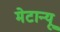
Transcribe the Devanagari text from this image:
मेटान्यू